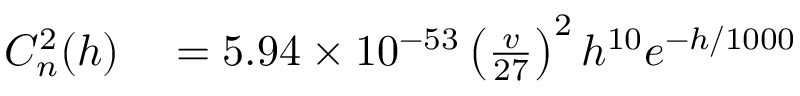
\begin{array} { r l } { C _ { n } ^ { 2 } ( h ) } & { { } = 5 . 9 4 \times 1 0 ^ { - 5 3 } \left( \frac { v } { 2 7 } \right) ^ { 2 } h ^ { 1 0 } e ^ { - h / 1 0 0 0 } } \end{array}